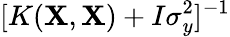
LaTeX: [K(\mathbf{X},\mathbf{X})+I\sigma_{y}^{2}]^{-1}